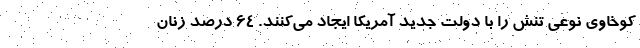
کوخاوی نوعی تنش را با دولت جدید آمریکا ایجاد می‌کنند. 64 درصد زنان